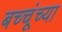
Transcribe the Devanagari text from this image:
बच्चूंच्या